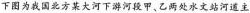
下图为我国北方某大河下游河段甲、乙两处水文站河道主